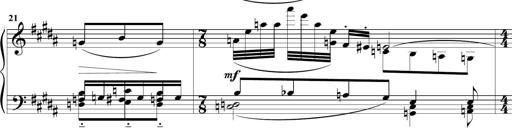
Title: Sonatine MÃ©lancolique
Composer: Julian Raoul Besset